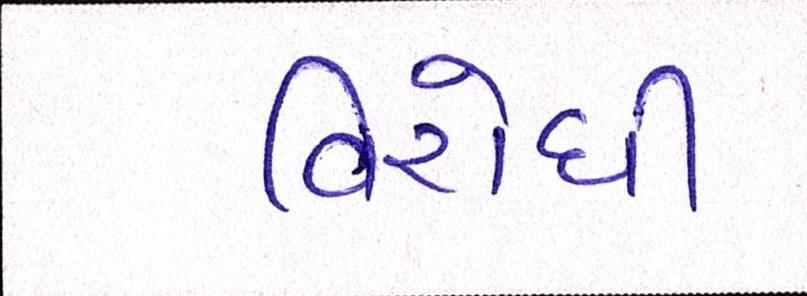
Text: વિરોધી